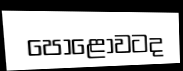
පොළොවටද